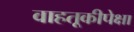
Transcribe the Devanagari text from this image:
वाहतूकीपेक्षा